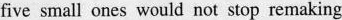
five small ones would not stop re making